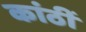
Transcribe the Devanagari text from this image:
कांठीं